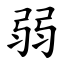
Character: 弱